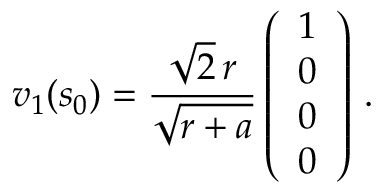
v _ { 1 } ( s _ { 0 } ) = { \frac { \sqrt { 2 } \, r } { \sqrt { r + a } } } \left( \begin{array} { c } { { 1 } } \\ { { 0 } } \\ { { 0 } } \\ { { 0 } } \end{array} \right) \, .